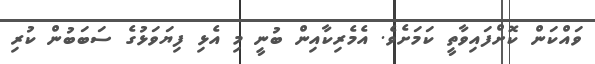
ވައްކަން ކޮށްފައިވާތީ ކަމަށެވެ. އެމެރިކާއިން ބުނީ މި އެޅި ފިޔަވަޅުގެ ސަބަބުން ކުރި